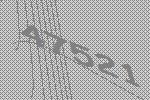
47521